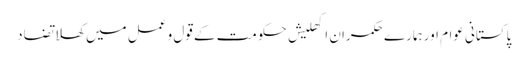
پاکستانی عوام اور ہمارے حکمران	 اکھلیش حکومت کے قول و عمل میں کھلا تضاد